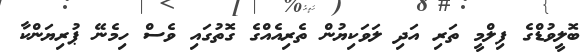
ބޮލީވުޑްގެ ފިލްމީ ތަރި އަދި ލަވަކިޔުން ތެރިއެއްގެ ގޮތުގައި ވެސް ހިމެނޭ ޕުރިޔަންކާ